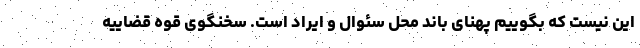
این نیست که بگوییم پهنای باند محل سئوال و ایراد است. سخنگوی قوه قضاییه